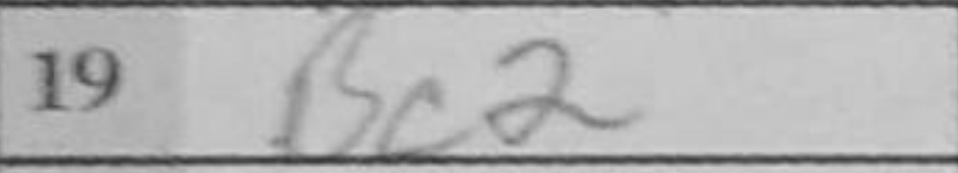
Transcription: Bc2